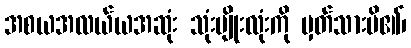
အစယအလယ်ယအဆုံး သုံးမျိုးလုံးကို မှတ်သားမိ၏၊